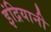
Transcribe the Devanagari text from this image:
इंद्रियानी